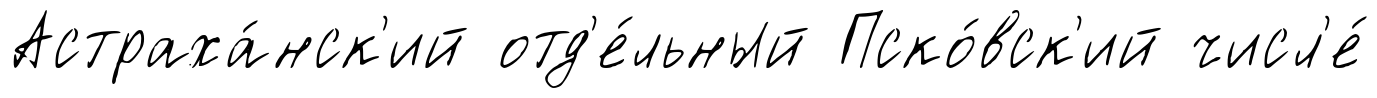
Астраха́нск'ий отд'е́льный Пско́вск'ий числ'е́